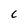
Character: C